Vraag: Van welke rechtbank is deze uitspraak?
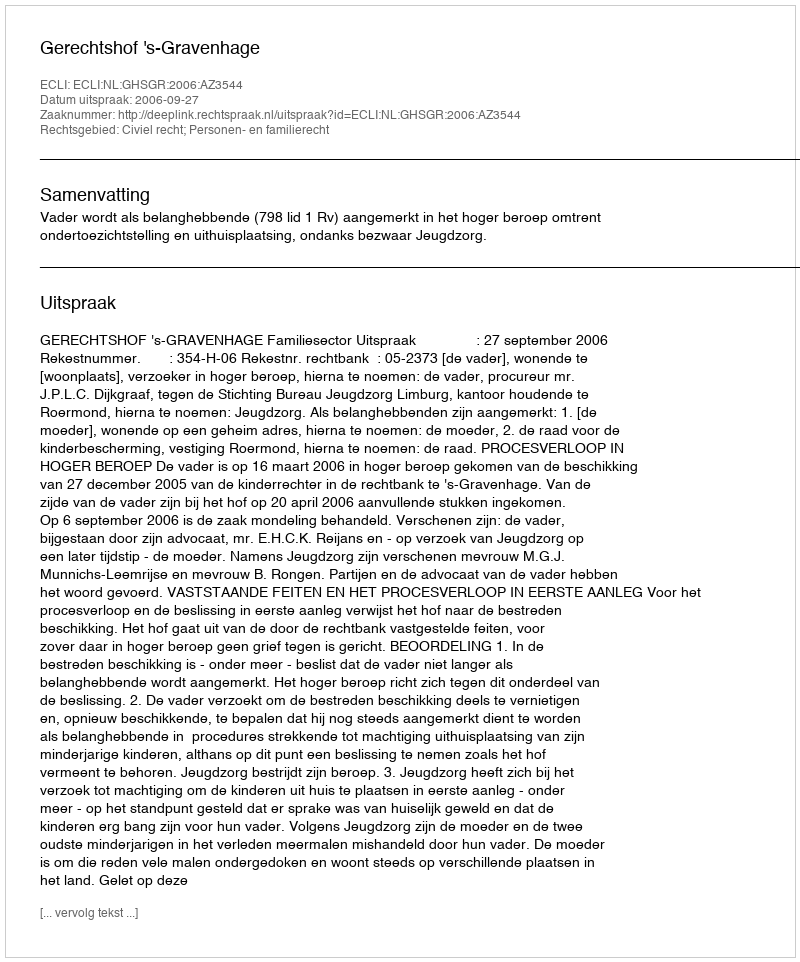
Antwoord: Gerechtshof 's-Gravenhage